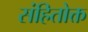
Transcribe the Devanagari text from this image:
संहितोक्त